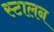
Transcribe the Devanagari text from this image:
स्टालन